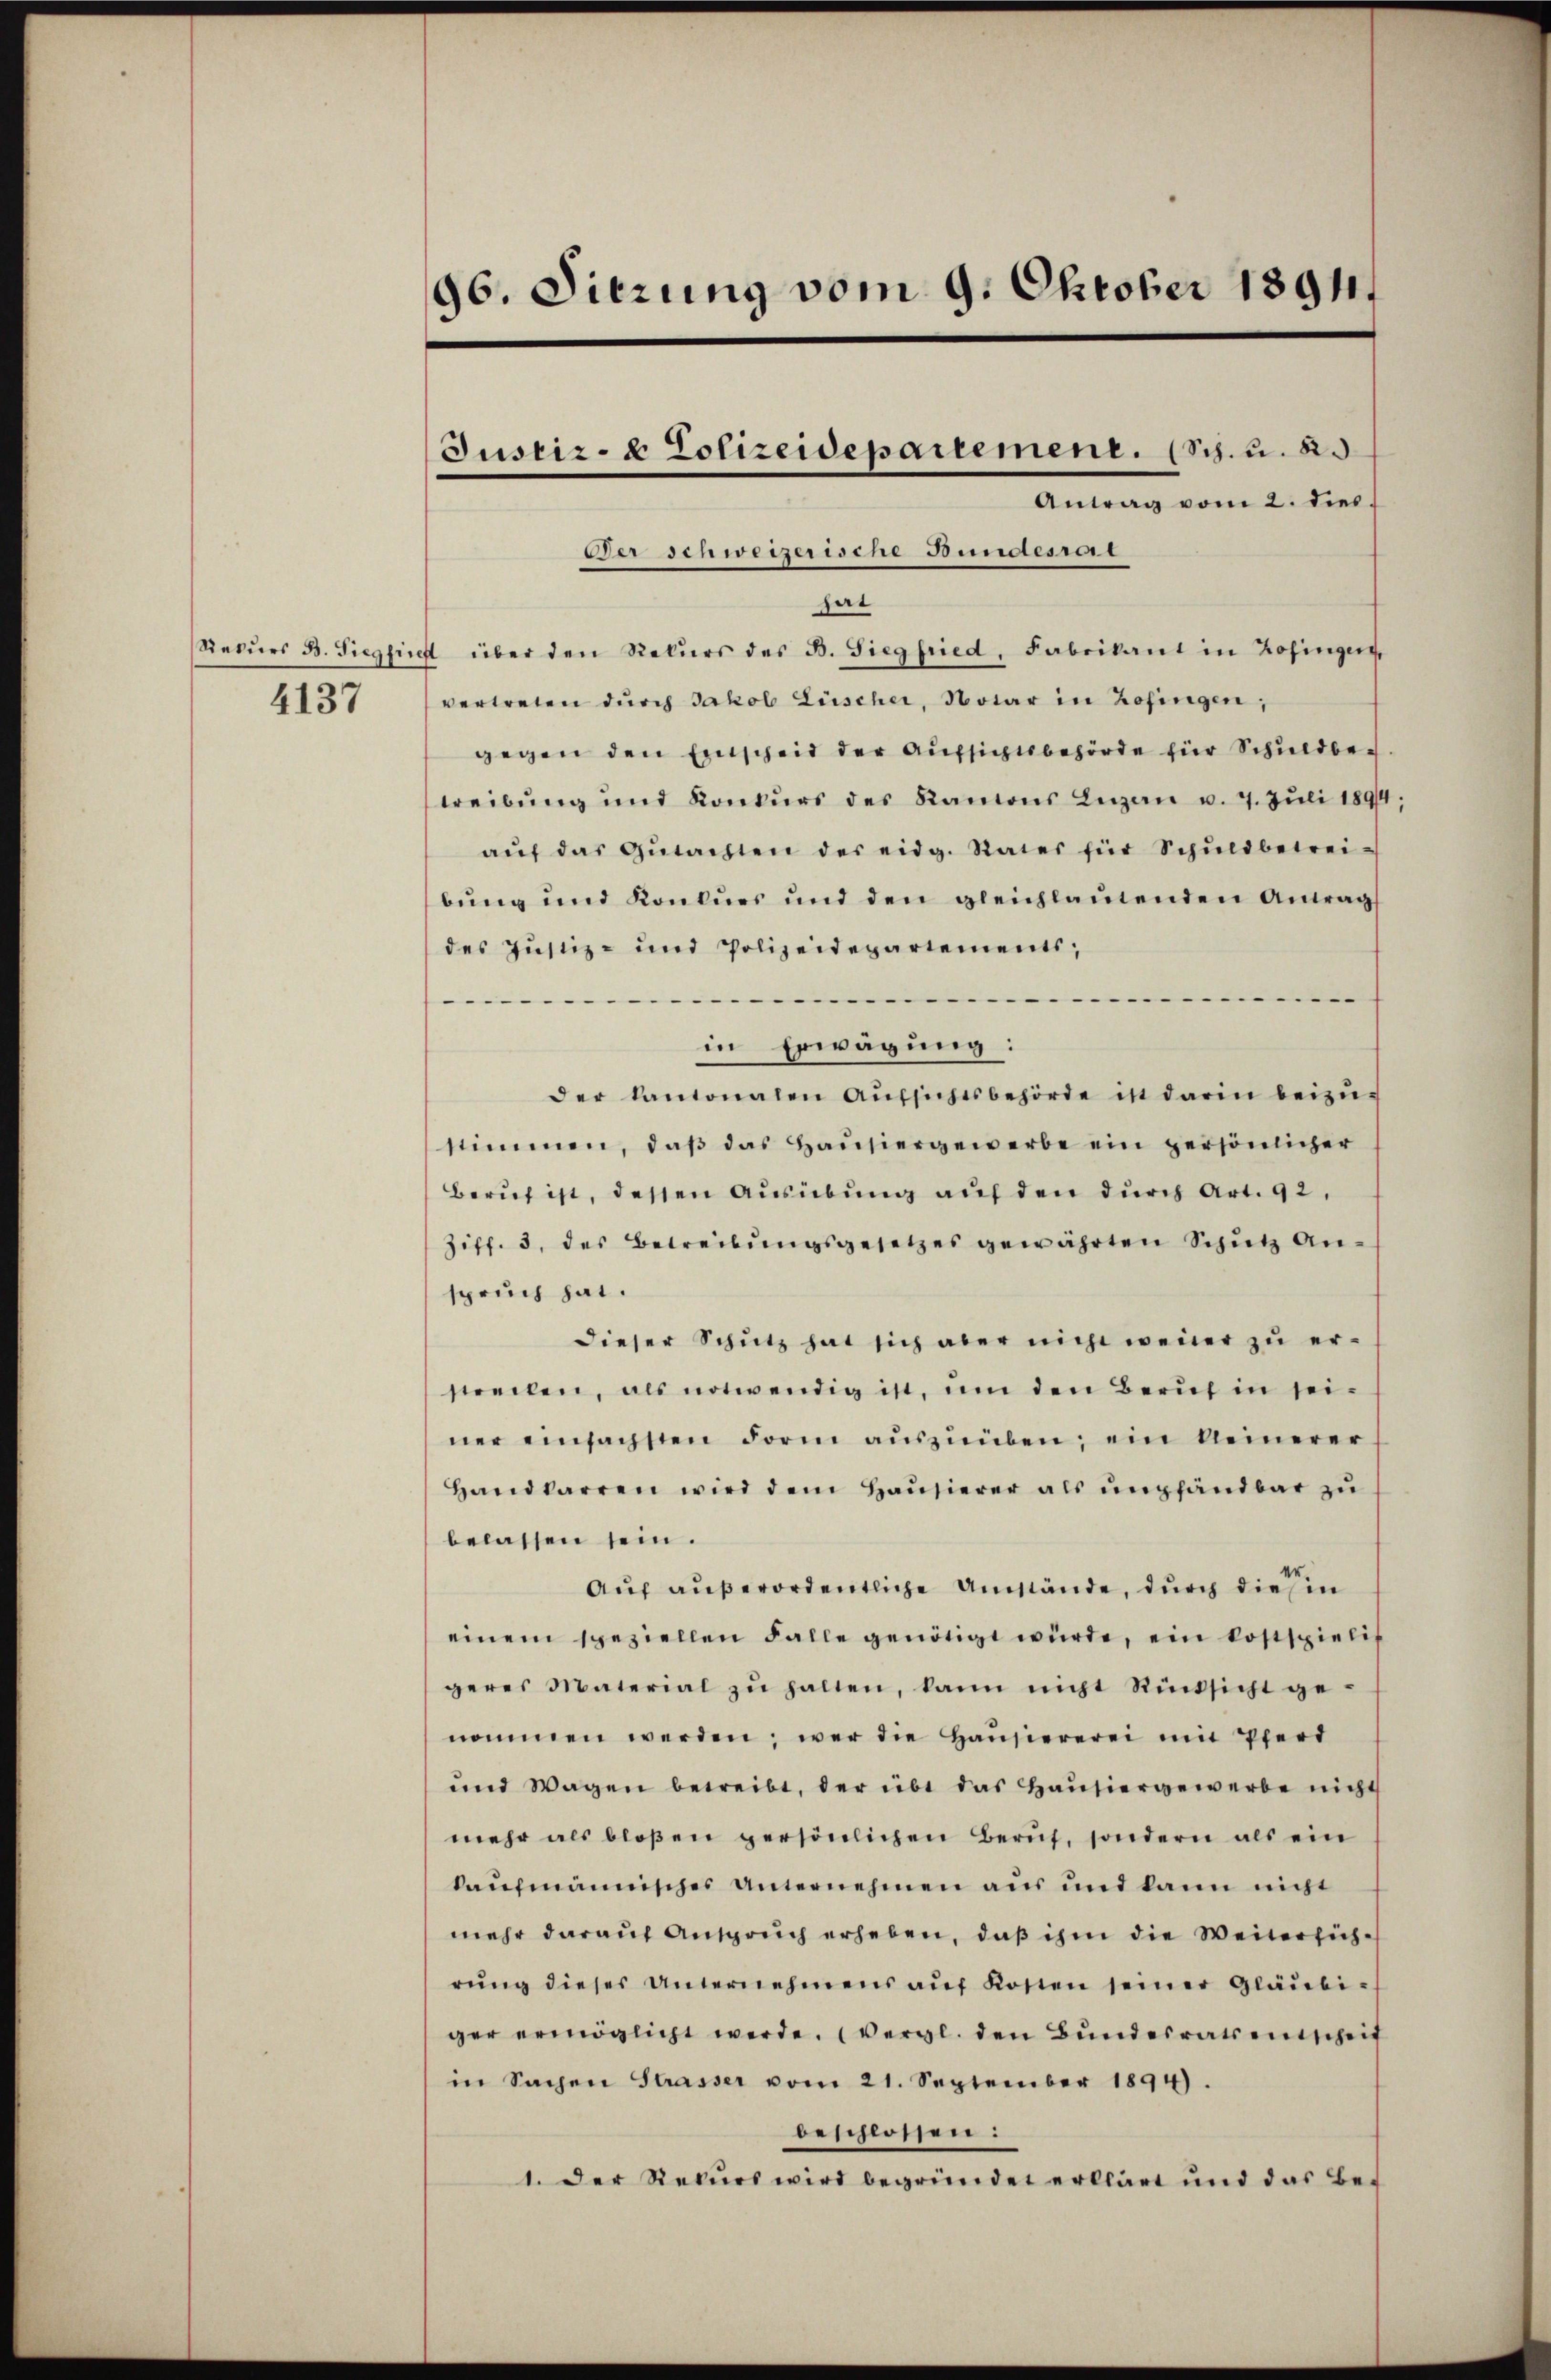
4137

96. Sitzung vom 9. Oktober 1891.

Der schweizerische Bundesrat
hat
Rekŭrs B. Siegfinst über den Rekurs des B. Siegfried, Fabrikant in Zofingen
vertreten durch Jakob Lüscher, Notar in Zofingen,
gegen den Entscheid der Aufsichtsbehörde für Schuldbetreibung und Konkurs des Ramons Lugan u. 7. Juli 1894;
aŭf das Gŭtachten des eidg. Rates für Schŭldbetreibŭng und Konkurs und den gleichlaŭtenden Antrag
des Justiz- und Polizeidepartements,
-
.
in Erwägung:
der kantonalen Aufsichtsbehörde ist darin beizustimmen, daß das Hausiergewerbe ein persönlicher
Beruf ist, dessen Ausübung auf den durch Art. 92.
Ziff. 3, des Betreibungsgesetzes gewährten Schutz Anspruch hat.
dieser Schutz hat sich aber nicht wener zu erstrechen, als notwendig ist, um den Berŭf in seiner einfachsten Form aŭszŭüben; ein keinerer
Handkarren wird dem Hausierer als empfandbar zu
belassen sein.
Auf außerordentliche Umstände, durch diesen
einem speziellen Falle genötigt würde, ein kostspielis
geres Material zŭ halten, kann nicht Rücksicht ge-
nommen werden; wer die Haŭsiererei mit Pferd
und Wagen betreibt, der übt das Haŭsiergewerbe nicht
mehr als bloßen persönlichen Beruf, sondern als ein
kaufmännisches Unternehmen aus und kann nicht
mehr darauf Anspruch erheben, daß ihm die Weitersichrŭng dieser Unternehmens aŭf Kosten seiner Gläubi-
ger ermöglicht werde. (Vergl. den Bundesrathenscheif
in Sachen Strasser vom 21. September 1894.
beschlossen:
1. Der Rekurs wird begründet erklärt und das Be-

Justiz- & Polizeidepartemene. (Sch. u. 2.
Antrag vom 2. dies